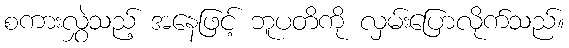
စကားလွှဲသည့် အနေဖြင့် ဘူပတိကို လှမ်းပြောလိုက်သည်။